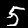
Label: 5